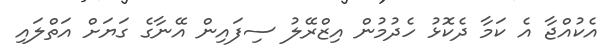
އެކުއްޖާ އެ ކަމާ ދެކޮޅު ހެދުމުން އިޒްރޭލު ސިފައިން އޭނާގެ ގަޔަށް އަތްލައި